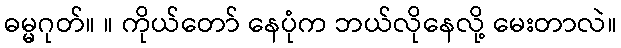
ဓမ္မဂုတ်။ ။ ကိုယ်တော် နေပုံက ဘယ်လိုနေလို့ မေးတာလဲ။